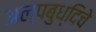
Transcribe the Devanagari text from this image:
अल्पबुध्दिचे